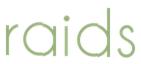
raids